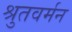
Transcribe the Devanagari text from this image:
श्रुतवर्मन